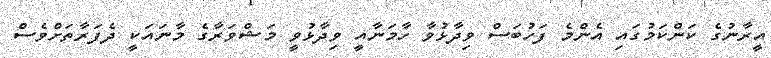
އީރާނުގެ ކަންކަމުގައި އެންމެ ފަހުބަސް ވިދާޅުވާ ހާމަނާއީ ވިދާޅުވީ މަޝްވަރާގެ މާނައަކީ ދެފަރާތަށްވެސް